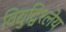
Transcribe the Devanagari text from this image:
विद्युद्विश्लेय